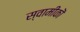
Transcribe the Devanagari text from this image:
स्वामीकॊ